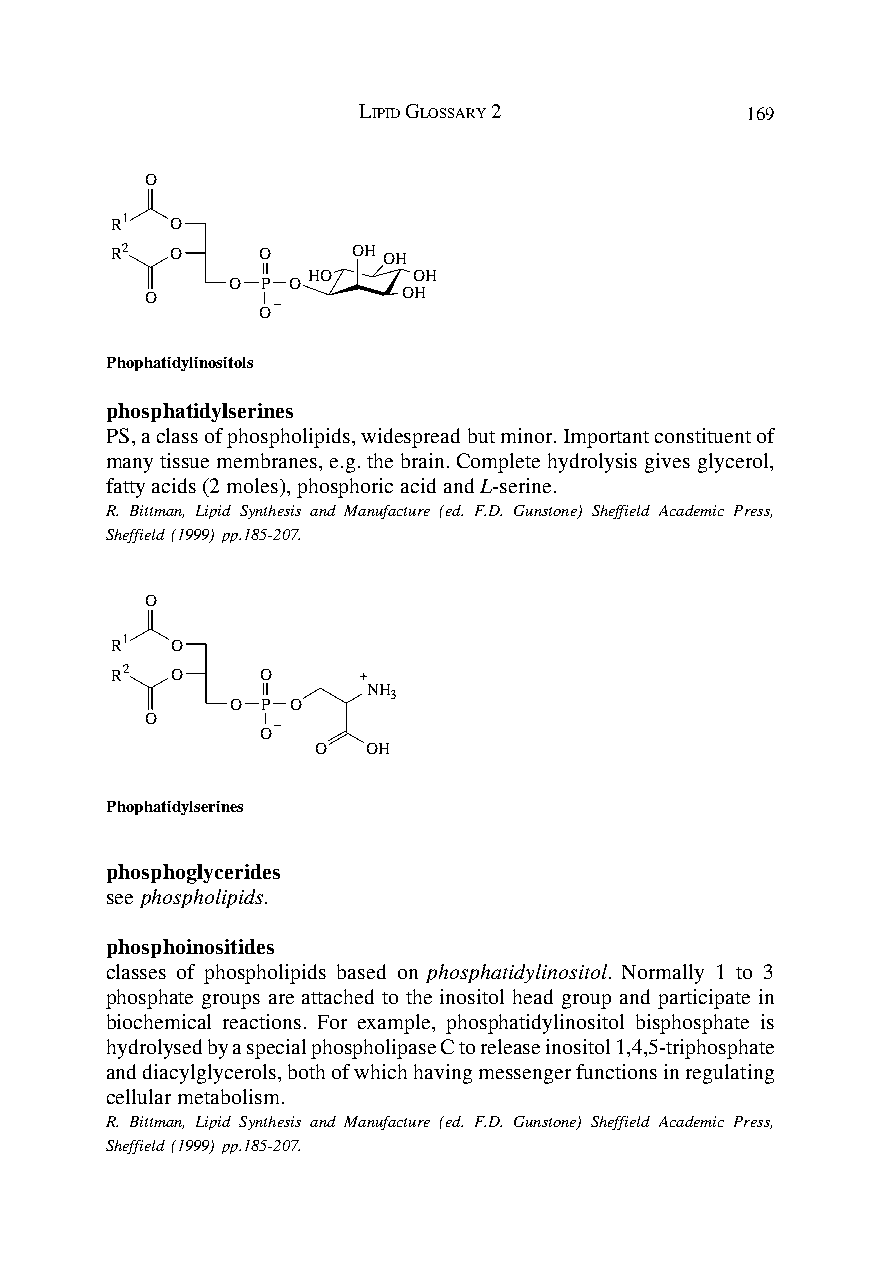
LIPID GLOSSARY 2         169
 O
 R1  O
 R2  O     O     OH OH
 HO     OH
 O P O
 O                OH
 O
 Phophatidylinositols
 phosphatidylserines
 PS, a class of phospholipids, widespread but minor. Important constituent of
 many tissue membranes, e.g. the brain. Complete hydrolysis gives glycerol,
 fatty acids (2 moles), phosphoric acid and L-serine.
 R. Bittman, Lipid Synthesis and Manufacture (ed. F.D. Gunstone) Sheffield Academic Press,
 Sheffield (1999) pp.185-207.
 O
 R1  O
 R2  O     O
 NH
 3
 O P O
 O
 O
 O  OH
 Phophatidylserines
 phosphoglycerides
 see phospholipids.
 phosphoinositides
 classes of phospholipids based on phosphatidylinositol. Normally 1 to 3
 phosphate groups are attached to the inositol head group and participate in
 biochemical reactions. For example, phosphatidylinositol bisphosphate is
 hydrolysed by a special phospholipase C to release inositol 1,4,5-triphosphate
 and diacylglycerols, both of which having messenger functions in regulating
 cellular metabolism.
 R. Bittman, Lipid Synthesis and Manufacture (ed. F.D. Gunstone) Sheffield Academic Press,
 Sheffield (1999) pp.185-207.